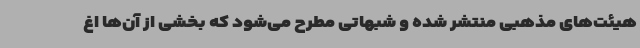
هیئت‌های مذهبی منتشر شده و شبهاتی مطرح می‌شود که بخشی از آن‌ها اغ